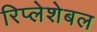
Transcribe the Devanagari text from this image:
रिप्लेशेबल